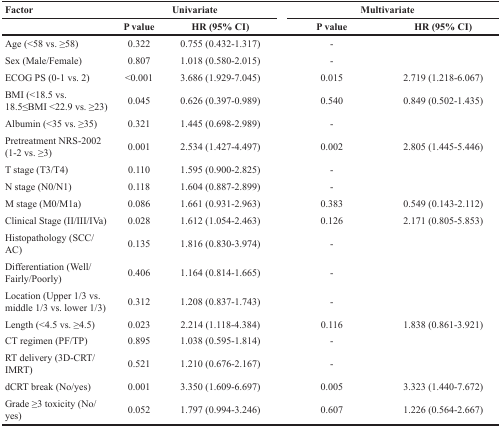
<table><thead><tr><td><b>Factor</b></td><td colspan="2"><b>Univariate</b></td><td colspan="2"><b>Multivariate</b></td></tr><tr><td></td><td><b>P value</b></td><td><b>HR (95% CI)</b></td><td><b>P value</b></td><td><b>HR (95% CI)</b></td></tr></thead><tbody><tr><td>Age (&lt;58 vs. ≥58)</td><td>0.322</td><td>0.755 (0.432-1.317)</td><td>-</td><td></td></tr><tr><td>Sex (Male/Female)</td><td>0.807</td><td>1.018 (0.580-2.015)</td><td>-</td><td></td></tr><tr><td>ECOG PS (0-1 vs. 2)</td><td>&lt;0.001</td><td>3.686 (1.929-7.045)</td><td>0.015</td><td>2.719 (1.218-6.067)</td></tr><tr><td>BMI (&lt;18.5 vs. 18.5≤BMI &lt;22.9 vs. ≥23)</td><td>0.045</td><td>0.626 (0.397-0.989)</td><td>0.540</td><td>0.849 (0.502-1.435)</td></tr><tr><td>Albumin (&lt;35 vs. ≥35)</td><td>0.321</td><td>1.445 (0.698-2.989)</td><td>-</td><td></td></tr><tr><td>Pretreatment NRS-2002 (1-2 vs. ≥3)</td><td>0.001</td><td>2.534 (1.427-4.497)</td><td>0.002</td><td>2.805 (1.445-5.446)</td></tr><tr><td>T stage (T3/T4)</td><td>0.110</td><td>1.595 (0.900-2.825)</td><td>-</td><td></td></tr><tr><td>N stage (N0/N1)</td><td>0.118</td><td>1.604 (0.887-2.899)</td><td>-</td><td></td></tr><tr><td>M stage (M0/M1a)</td><td>0.086</td><td>1.661 (0.931-2.963)</td><td>0.383</td><td>0.549 (0.143-2.112)</td></tr><tr><td>Clinical Stage (II/III/IVa)</td><td>0.028</td><td>1.612 (1.054-2.463)</td><td>0.126</td><td>2.171 (0.805-5.853)</td></tr><tr><td>Histopathology (SCC/AC)</td><td>0.135</td><td>1.816 (0.830-3.974)</td><td>-</td><td></td></tr><tr><td>Differentiation (Well/Fairly/Poorly)</td><td>0.406</td><td>1.164 (0.814-1.665)</td><td>-</td><td></td></tr><tr><td>Location (Upper 1/3 vs. middle 1/3 vs. lower 1/3)</td><td>0.312</td><td>1.208 (0.837-1.743)</td><td>-</td><td></td></tr><tr><td>Length (&lt;4.5 vs. ≥4.5)</td><td>0.023</td><td>2.214 (1.118-4.384)</td><td>0.116</td><td>1.838 (0.861-3.921)</td></tr><tr><td>CT regimen (PF/TP)</td><td>0.895</td><td>1.038 (0.595-1.814)</td><td>-</td><td></td></tr><tr><td>RT delivery (3D-CRT/IMRT)</td><td>0.521</td><td>1.210 (0.676-2.167)</td><td>-</td><td></td></tr><tr><td>dCRT break (No/yes)</td><td>0.001</td><td>3.350 (1.609-6.697)</td><td>0.005</td><td>3.323 (1.440-7.672)</td></tr><tr><td>Grade ≥3 toxicity (No/yes)</td><td>0.052</td><td>1.797 (0.994-3.246)</td><td>0.607</td><td>1.226 (0.564-2.667)</td></tr></tbody></table>